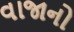
વાજાનો